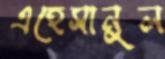
এহেসানুল